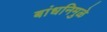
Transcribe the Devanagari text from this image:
बांधनिमुळे